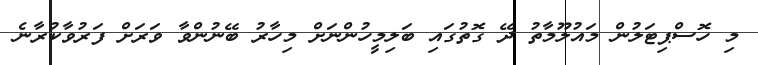
މި ހޮސްޕިޓަލުން މައުލޫމާތު ދޭ ގޮތުގައި ބަލިމީހުންނަށް މިހާރު ބޭނުންވާ ވަރަށް ފަރުވާކުރާނެ